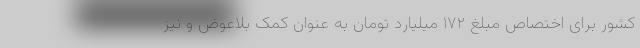
کشور برای اختصاص مبلغ ۱۷۲ میلیارد تومان به عنوان کمک بلاعوض و نیز